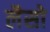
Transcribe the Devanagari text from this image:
लैसो